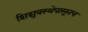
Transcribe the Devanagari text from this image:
शिशुवस्थेपासूनच